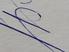
Signature authenticity: genuine